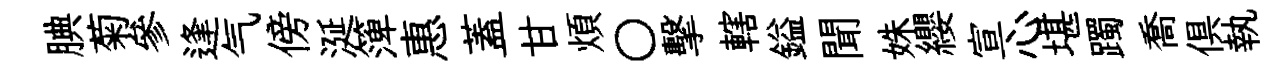
腆菊參逢气傍涎𥱼惠蓋甘煩〇擊轄鎰聞姝纓宣心堪躅喬俱執